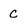
Character: C